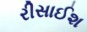
રીસાઈશ